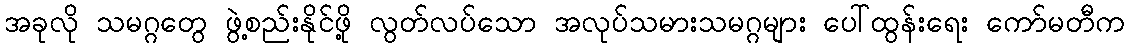
အခုလို သမဂ္ဂတွေ ဖွဲ့စည်းနိုင်ဖို့ လွတ်လပ်သော အလုပ်သမားသမဂ္ဂများ ပေါ်ထွန်းရေး ကော်မတီက